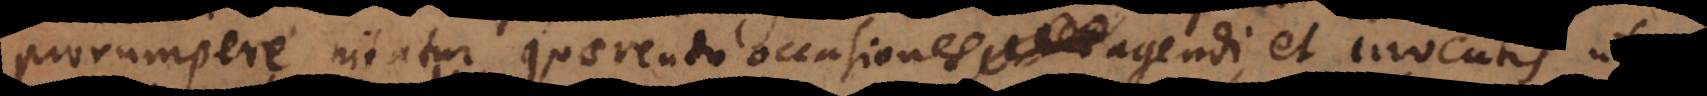
prorumpere nitatur, quaerendo occasiones agendi, et inventis